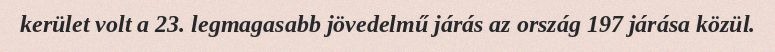
kerület volt a 23. legmagasabb jövedelmű járás az ország 197 járása közül.